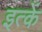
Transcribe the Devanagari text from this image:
इत्कें